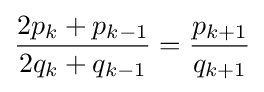
{\frac {2p_{k}+p_{k-1}}{2q_{k}+q_{k-1}}}={\frac {p_{k+1}}{q_{k+1}}}